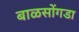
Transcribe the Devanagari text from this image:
बाळसोंगडा